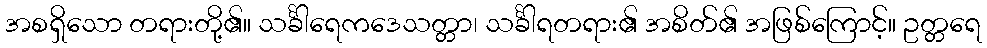
အစရှိသော တရားတို့၏။ သင်္ခါရေကဒေသတ္တာ၊ သင်္ခါရတရား၏ အစိတ်၏ အဖြစ်ကြောင့်။ ဥတ္တရေ